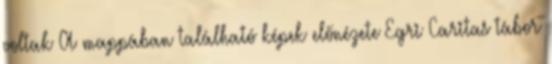
voltak A mappában található képek előnézete Egri Caritas tábor